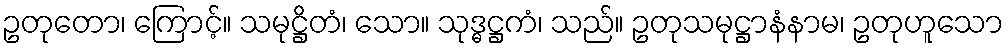
ဥတုတော၊ ကြောင့်။ သမုဋ္ဌိတံ၊ သော။ သုဒ္ဓဋ္ဌကံ၊ သည်။ ဥတုသမုဋ္ဌာနံနာမ၊ ဥတုဟူသော